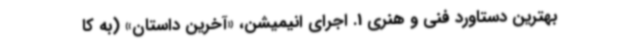
بهترین دستاورد فنی و هنری 1. اجرای انیمیشن، «آخرین داستان» (به کا